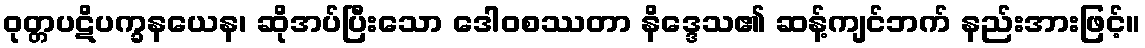
ဝုတ္တပဋိပက္ခနယေန၊ ဆိုအပ်ပြီးသော ဒေါဝစဿတာ နိဒ္ဒေသ၏ ဆန့်ကျင်ဘက် နည်းအားဖြင့်။